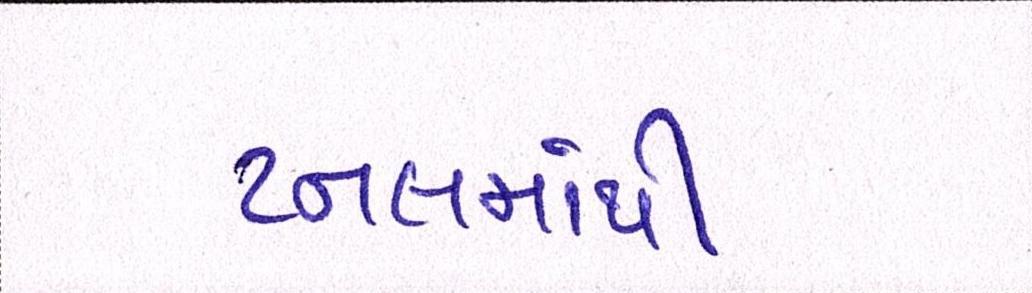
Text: ટનલમાંથી